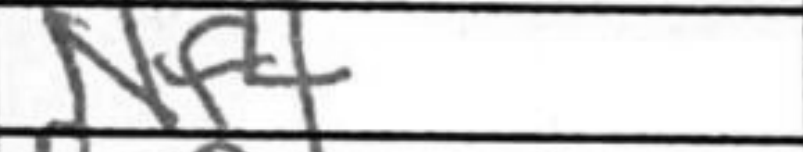
Transcription: Nf4